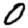
Digit: 0